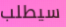
سيطلب